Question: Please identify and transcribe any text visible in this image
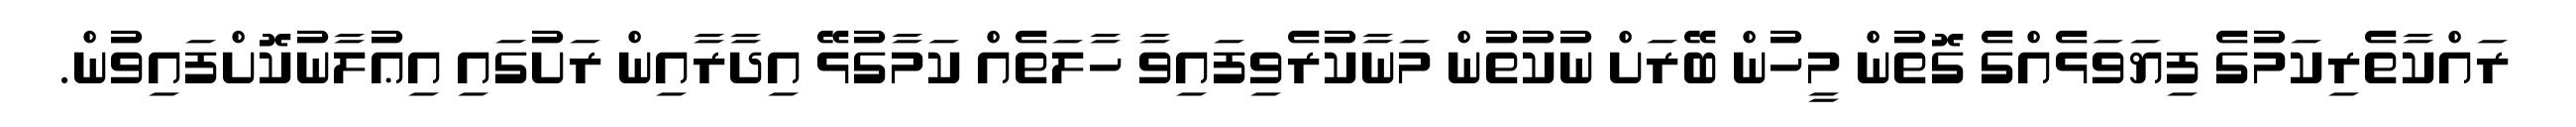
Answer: ރައްކާތެރިކަމުގެ ފިޔަވަޅެއްގެ ގޮތުން މީހުން ބޭރަށް ނުކުތުން މަނާކުރެވިފައިވާ ހާލަތެއް ކަމާގުޅޭ އިދާރާއިން ރަށުގައި އިޢުލާނުކޮށްފައިވުން.